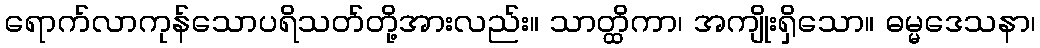
ရောက်လာကုန်သောပရိသတ်တို့အားလည်း။ သာတ္ထိကာ၊ အကျိုးရှိသော။ ဓမ္မဒေသနာ၊